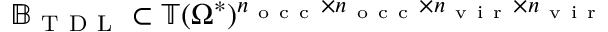
\mathbb { B } _ { \mathrm { ~ T ~ D ~ L ~ } } \subset \mathbb { T } ( \Omega ^ { * } ) ^ { n _ { \mathrm { ~ o ~ c ~ c ~ } } \times n _ { \mathrm { ~ o ~ c ~ c ~ } } \times n _ { \mathrm { ~ v ~ i ~ r ~ } } \times n _ { \mathrm { ~ v ~ i ~ r ~ } } }